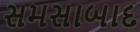
સમસાબાદ